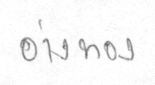
อ่างทอง